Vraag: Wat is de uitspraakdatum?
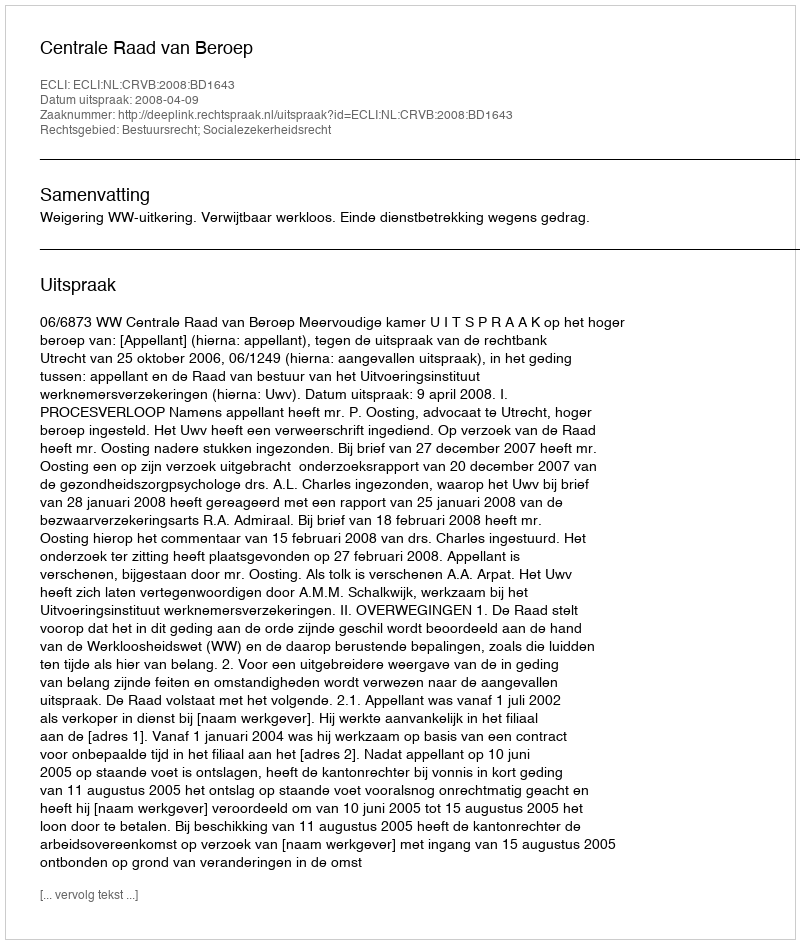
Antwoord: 2008-04-09